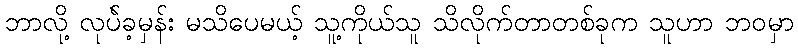
ဘာလို့ လုပ်ဲခ့မှန်း မသိပေမယ့် သူ့ကိုယ်သူ သိလိုက်တာတစ်ခုက သူဟာ ဘဝမှာ